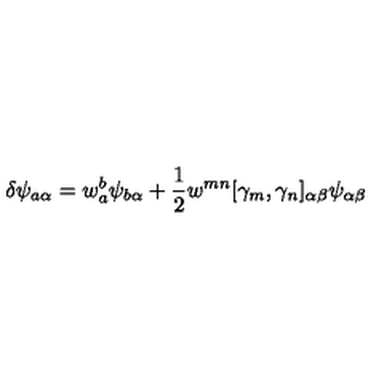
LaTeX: \delta \psi _ { a \alpha } = w _ { a } ^ { b } \psi _ { b \alpha } + \frac { 1 } { 2 } w ^ { m n } [ \gamma _ { m } , \gamma _ { n } ] _ { \alpha \beta } \psi _ { \alpha \beta }